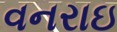
વનરાઇ